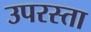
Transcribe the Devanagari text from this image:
उपरस्ता